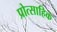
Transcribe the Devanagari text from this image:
प्रोत्साहिक